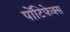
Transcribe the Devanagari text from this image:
पोंटिफेक्स